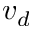
v _ { d }